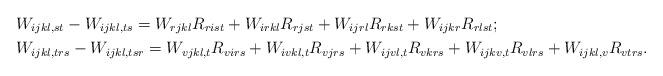
LaTeX: \begin{align*} &W_{ijkl, st}-W_{ijkl, ts} = W_{rjkl}R_{rist}+W_{irkl}R_{rjst}+W_{ijrl}R_{rkst}+W_{ijkr}R_{rlst}; \\ &W_{ijkl, trs}-W_{ijkl, tsr} = W_{vjkl, t}R_{virs}+W_{ivkl, t}R_{vjrs}+W_{ijvl, t}R_{vkrs}+W_{ijkv, t}R_{vlrs}+W_{ijkl, v}R_{vtrs}. \end{align*}